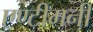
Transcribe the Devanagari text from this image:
एण्टीमनी